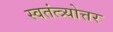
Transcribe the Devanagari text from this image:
स्वतंत्त्र्योत्तर